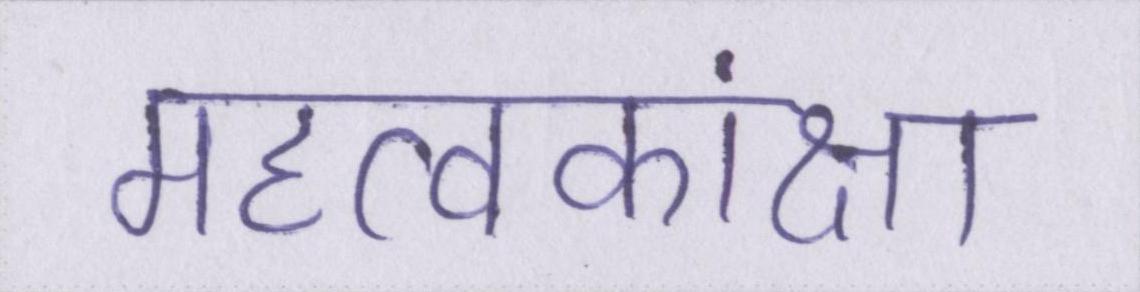
महत्वकांक्षा